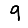
Digit: 9